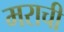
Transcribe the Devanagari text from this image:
मराची